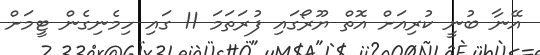
އޭނާ ބުނީ ކުރިއަށް އޮތް ޔޫރޯގައި ފުރަތަމަ 11 ގައި ހިމެނިގެން ޓީމަށް